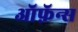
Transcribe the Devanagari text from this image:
ऑफ़ॅन्स